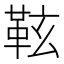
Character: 䩙